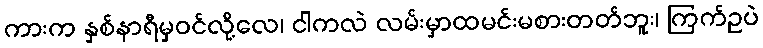
ကားက နှစ်နာရီမှဝင်လို့လေ၊ ငါကလဲ လမ်းမှာထမင်းမစားတတ်ဘူး၊ ကြက်ဥပဲ